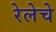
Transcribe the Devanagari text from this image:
रेलेचे